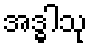
အဒ္ဓါသု